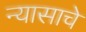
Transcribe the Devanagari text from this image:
न्यासाचे